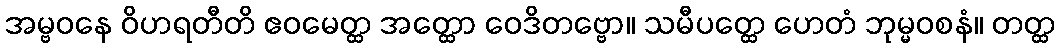
အမ္ဗဝနေ ဝိဟရတီတိ ဧဝမေတ္ထ အတ္ထော ဝေဒိတဗ္ဗော။ သမီပတ္ထေ ဟေတံ ဘုမ္မဝစနံ။ တတ္ထ